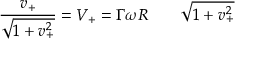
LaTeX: \frac { v _ { + } } { \sqrt { 1 + v _ { + } ^ { 2 } } } = V _ { + } = \Gamma \omega R \qquad \sqrt { 1 + v _ { + } ^ { 2 } }